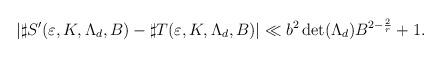
LaTeX: \begin{align*} |\sharp S^\prime(\varepsilon,K,\Lambda_d,B)-\sharp T(\varepsilon,K,\Lambda_d,B)|&\ll b^2 \det(\Lambda_d)B^{2-\frac{2}{r}}+1. \end{align*}